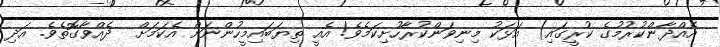
އެއްދާންކުރުމުގެ ކުރީގައި) އަޅަކު މިނިވަންކުރާހުށިކަމެވެ! އެއީ ތިޔަބައިމީހުންނަށް އެކަމަށް  ދެއްވާގޮތެވެ. އަދި